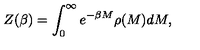
Z ( \beta ) = \int _ { 0 } ^ { \infty } e ^ { - \beta M } \rho ( M ) d M ,